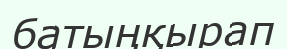
батыңқырап